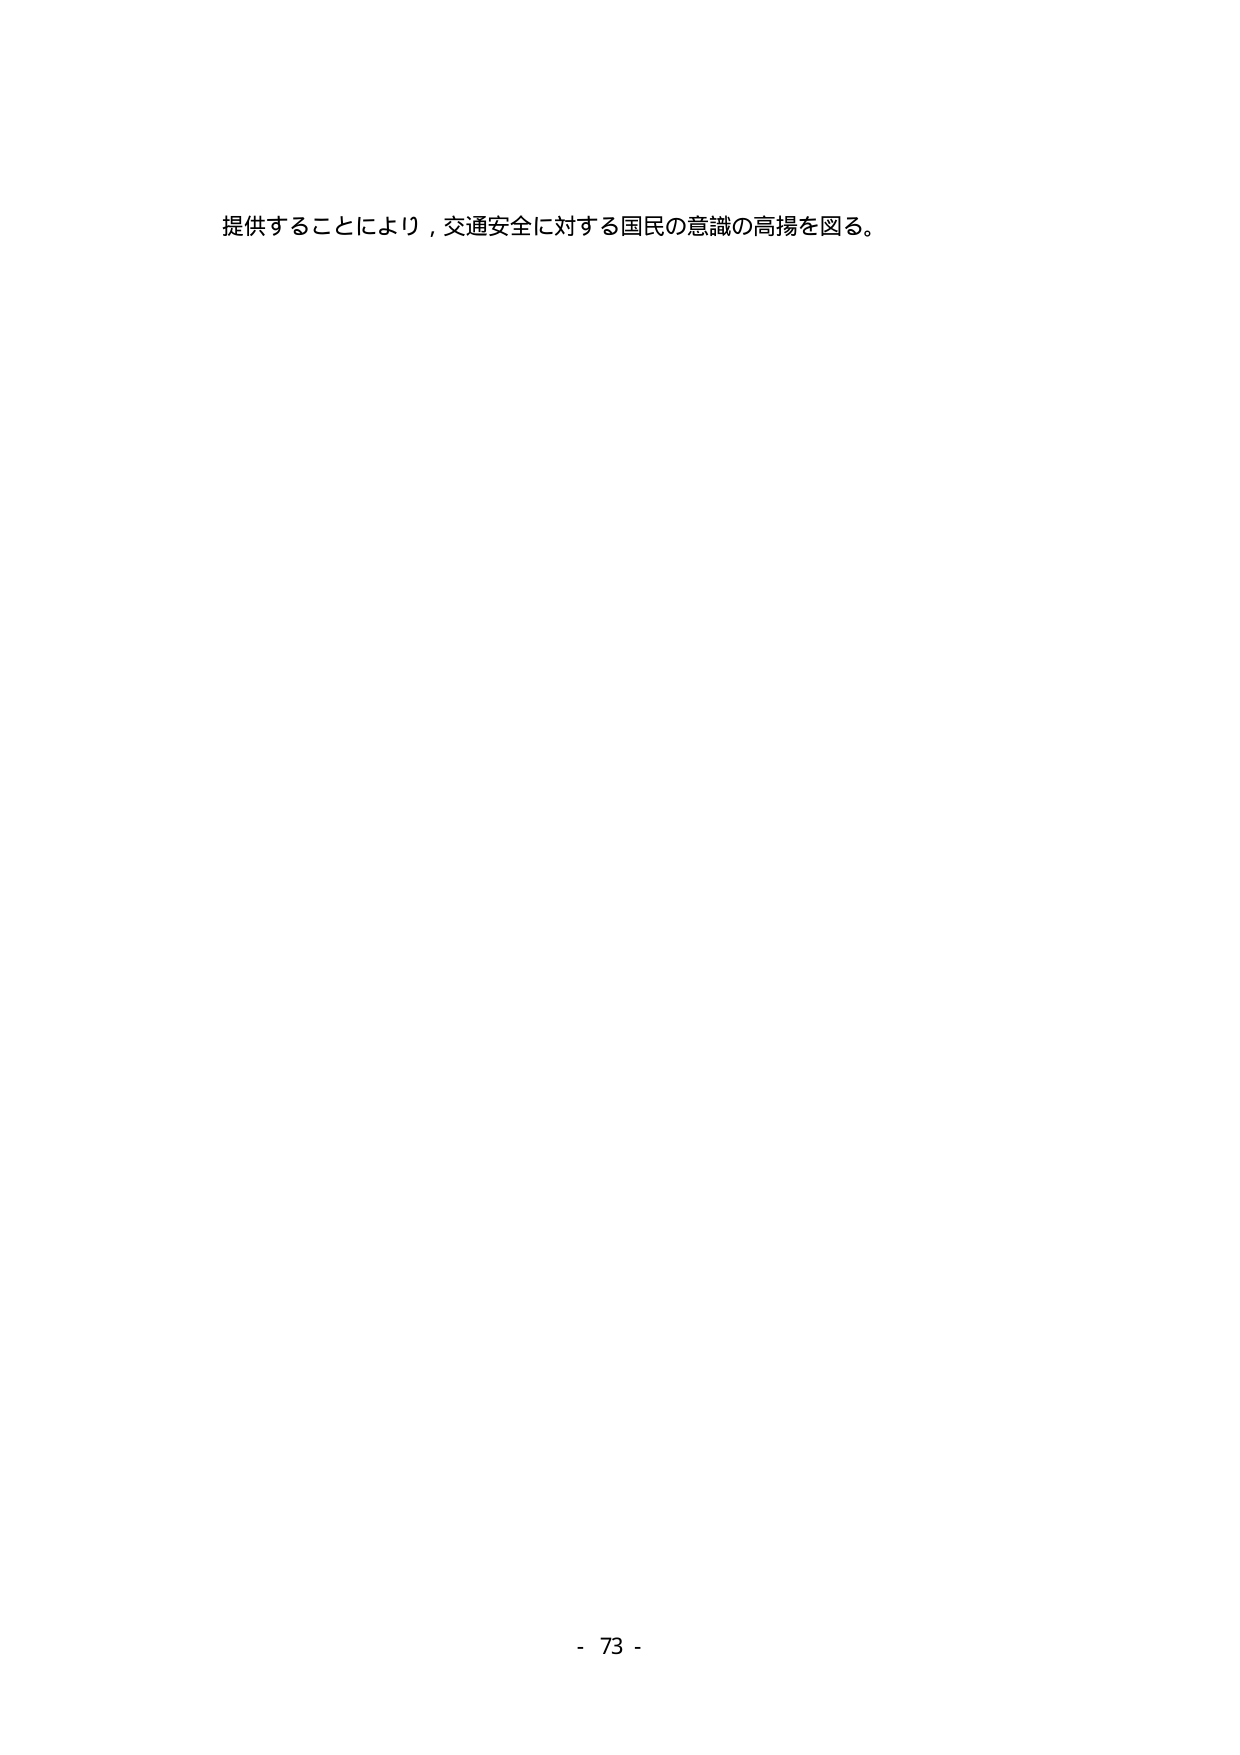
提供することにより，交通安全に対する国民の意識の高揚を図る。

- 73 -